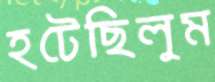
হটেছিলুম